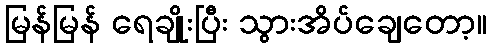
မြန်မြန် ရေချိုးပြီး သွားအိပ်ချေတော့။